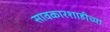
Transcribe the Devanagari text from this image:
सावकारशाहीच्या